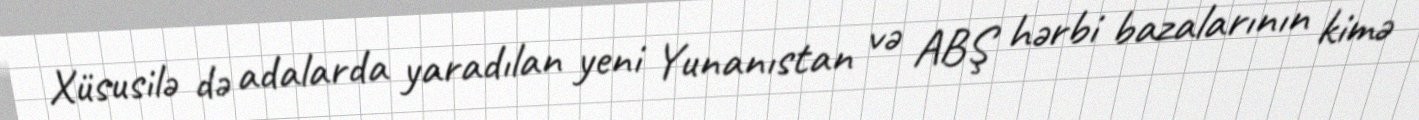
Xüsusilə də adalarda yaradılan yeni Yunanıstan və ABŞ hərbi bazalarının kimə